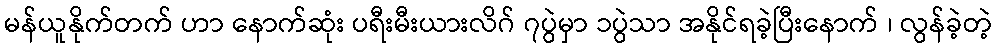
မန်ယူနိုက်တက် ဟာ နောက်ဆုံး ပရီးမီးယားလိဂ် ၇ပွဲမှာ ၁ပွဲသာ အနိုင်ရခဲ့ပြီးနောက် ၊ လွန်ခဲ့တဲ့